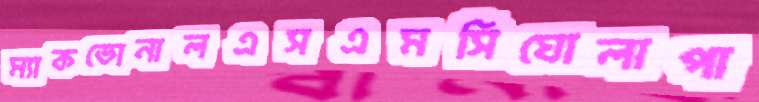
ম্যাকডোনালএসএমসিঘোলাপা